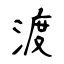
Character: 渡